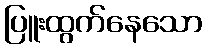
ပြူးထွက်နေသော